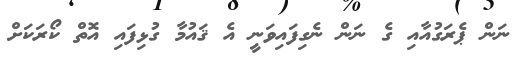
ނަން ޕެރަގުއާއި ގެ ނަން ނެގިފައިވަނީ އެ ޤައުމާ ގުޅިފައި އޮތް ކޯރަކަށް